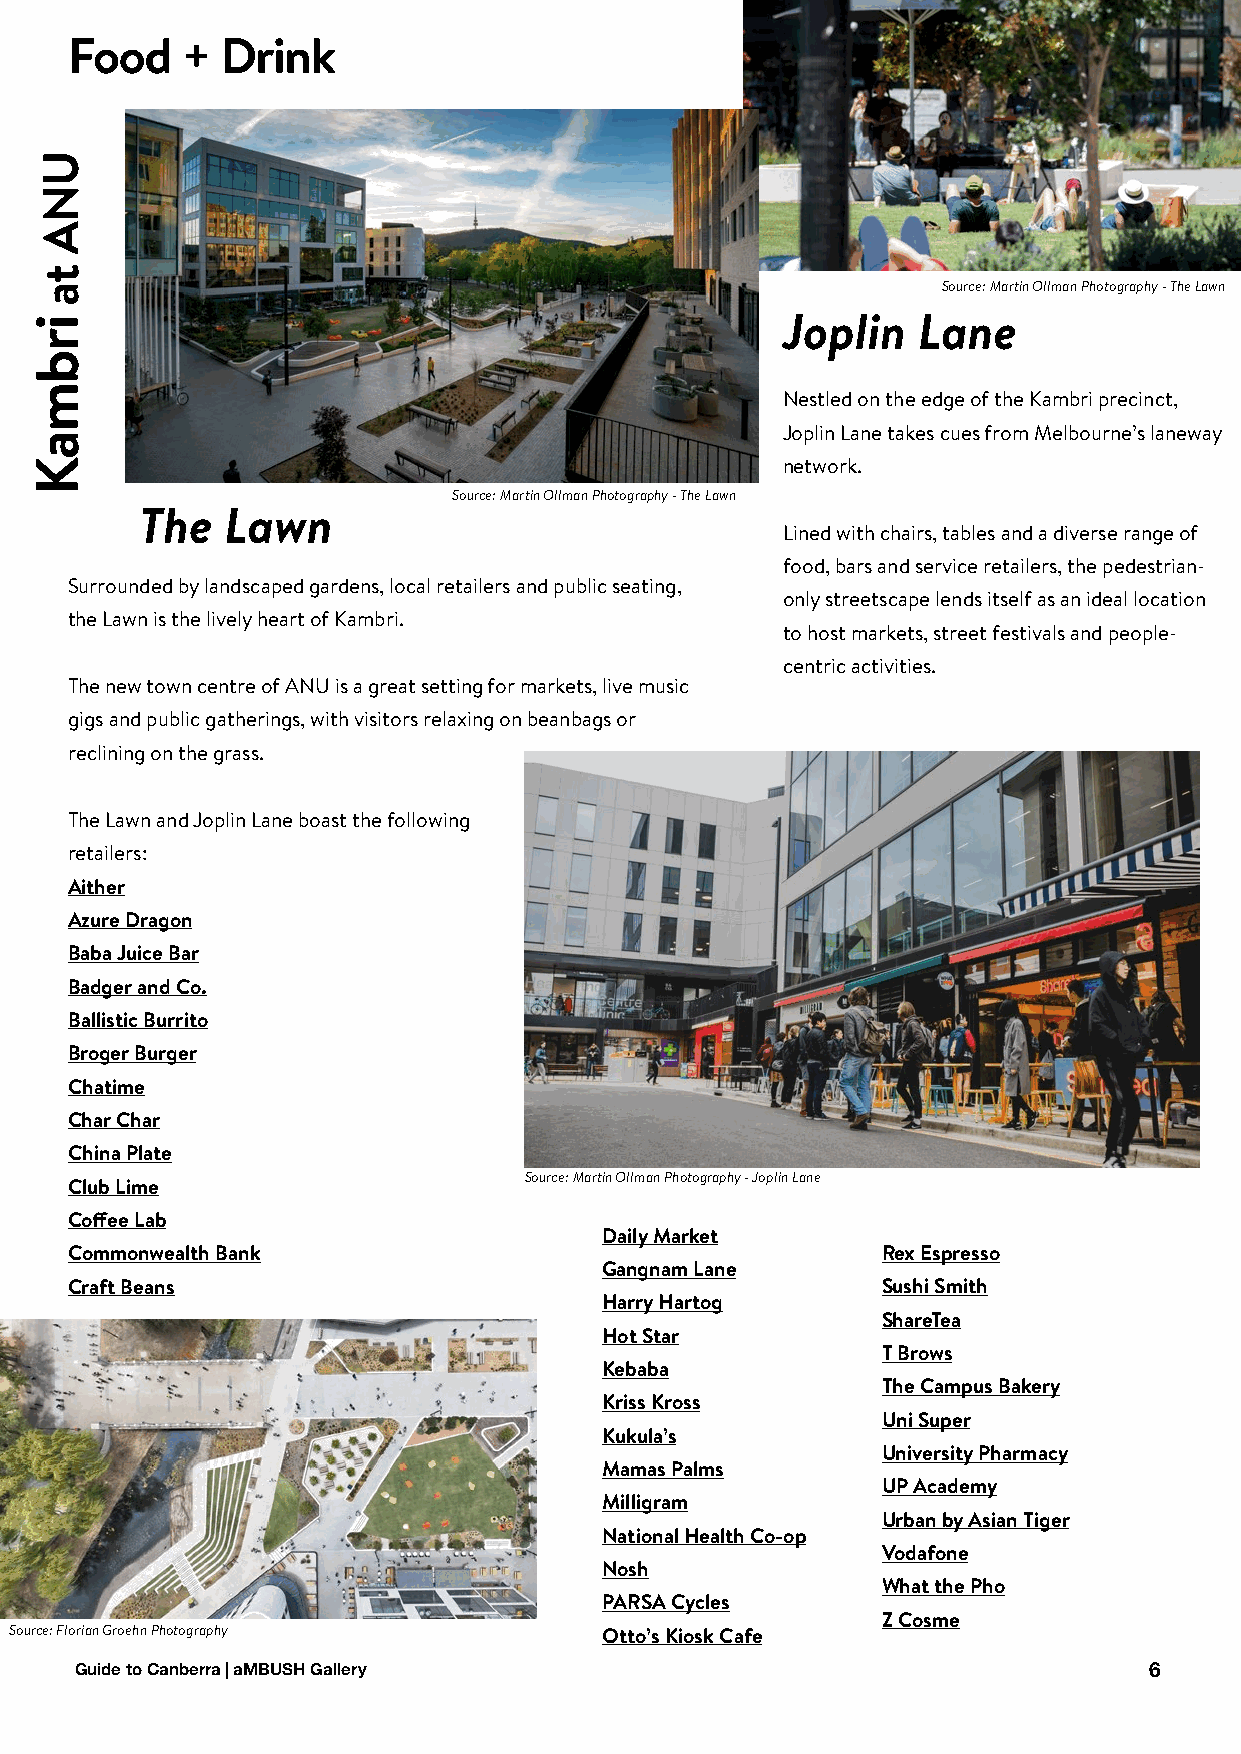
Food    +  Drink
 Source: Martin Ollman Photography - The Lawn
 Joplin   Lane
 Nestled on the edge of the Kambri precinct,
 Joplin Lane takes cues from Melbourne’s laneway
 network.
 Source: Martin Ollman Photography - The Lawn
 The   Lawn
 Lined with chairs, tables and a diverse range of
 food, bars and service retailers, the pedestrian-
 Surrounded by landscaped gardens, local retailers and public seating,
 only streetscape lends itself as an ideal location
 the Lawn is the lively heart of Kambri.
 to host markets, street festivals and people-
 centric activities.
 The new town centre of ANU is a great setting for markets, live music
 gigs and public gatherings, with visitors relaxing on beanbags or
 reclining on the grass.
 The Lawn and Joplin Lane boast the following
 retailers:
 Aither
 Azure Dragon
 Baba Juice Bar
 Badger and Co.
 Ballistic Burrito
 Broger Burger
 Chatime
 Char Char
 China Plate
 Source: Martin Ollman Photography - Joplin Lane
 Club Lime
 Coffee Lab
 Daily Market
 Commonwealth Bank                                     Rex Espresso
 Gangnam Lane
 Craft Beans                                           Sushi Smith
 Harry Hartog
 ShareTea
 Hot Star
 T Brows
 Kebaba
 The Campus Bakery
 Kriss Kross
 Uni Super
 Kukula’s
 University Pharmacy
 Mamas Palms
 UP Academy
 Milligram
 Urban by Asian Tiger
 National Health Co-op
 Vodafone
 Nosh
 What the Pho
 PARSA Cycles
 Z Cosme
 Source: Florian Groehn Photography     Otto’s Kiosk Cafe
 Guide to Canberra | aMBUSH Gallery                                     6
 irbmaK
 UNA
 ta